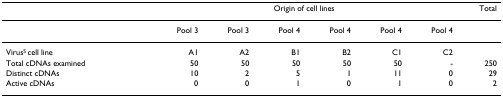
<table><thead><tr><td></td><td colspan="6"><b>Origin of cell lines</b></td><td><b>Total</b></td></tr></thead><tbody><tr><td></td><td>Pool 3</td><td>Pool 3</td><td>Pool 4</td><td>Pool 4</td><td>Pool 4</td><td>Pool 4</td><td></td></tr><tr><td>Virus<sup>S </sup>cell line</td><td>A1</td><td>A2</td><td>B1</td><td>B2</td><td>C1</td><td>C2</td><td></td></tr><tr><td>Total cDNAs examined</td><td>50</td><td>50</td><td>50</td><td>50</td><td>50</td><td>-</td><td>250</td></tr><tr><td>Distinct cDNAs</td><td>10</td><td>2</td><td>5</td><td>1</td><td>11</td><td>0</td><td>29</td></tr><tr><td>Active cDNAs</td><td>0</td><td>0</td><td>1</td><td>0</td><td>1</td><td>0</td><td>2</td></tr></tbody></table>